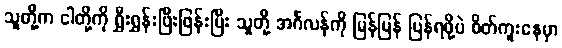
သူတို့က ငါတို့ကို ရွှီးရွှန်းဖြီးဖြန်းပြီး သူတို့ အင်္ဂလန်ကို မြန်မြန် ပြန်ရဖို့ပဲ စိတ်ကူးနေမှာ